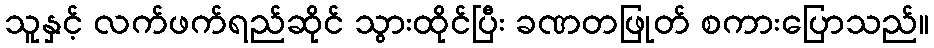
သူနှင့် လက်ဖက်ရည်ဆိုင် သွားထိုင်ပြီး ခဏတဖြုတ် စကားပြောသည်။